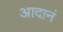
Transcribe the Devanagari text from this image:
आदानं